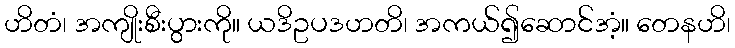
ဟိတံ၊ အကျိုးစီးပွားကို။ ယဒိဥပဒဟတိ၊ အကယ်၍ဆောင်အံ့။ တေနဟိ၊